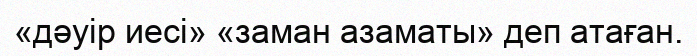
«дәуір иесі» «заман азаматы» деп атаған.